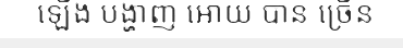
ឡើង បង្ហាញ អោយ បាន ច្រើន